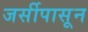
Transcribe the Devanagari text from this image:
जर्सीपासून